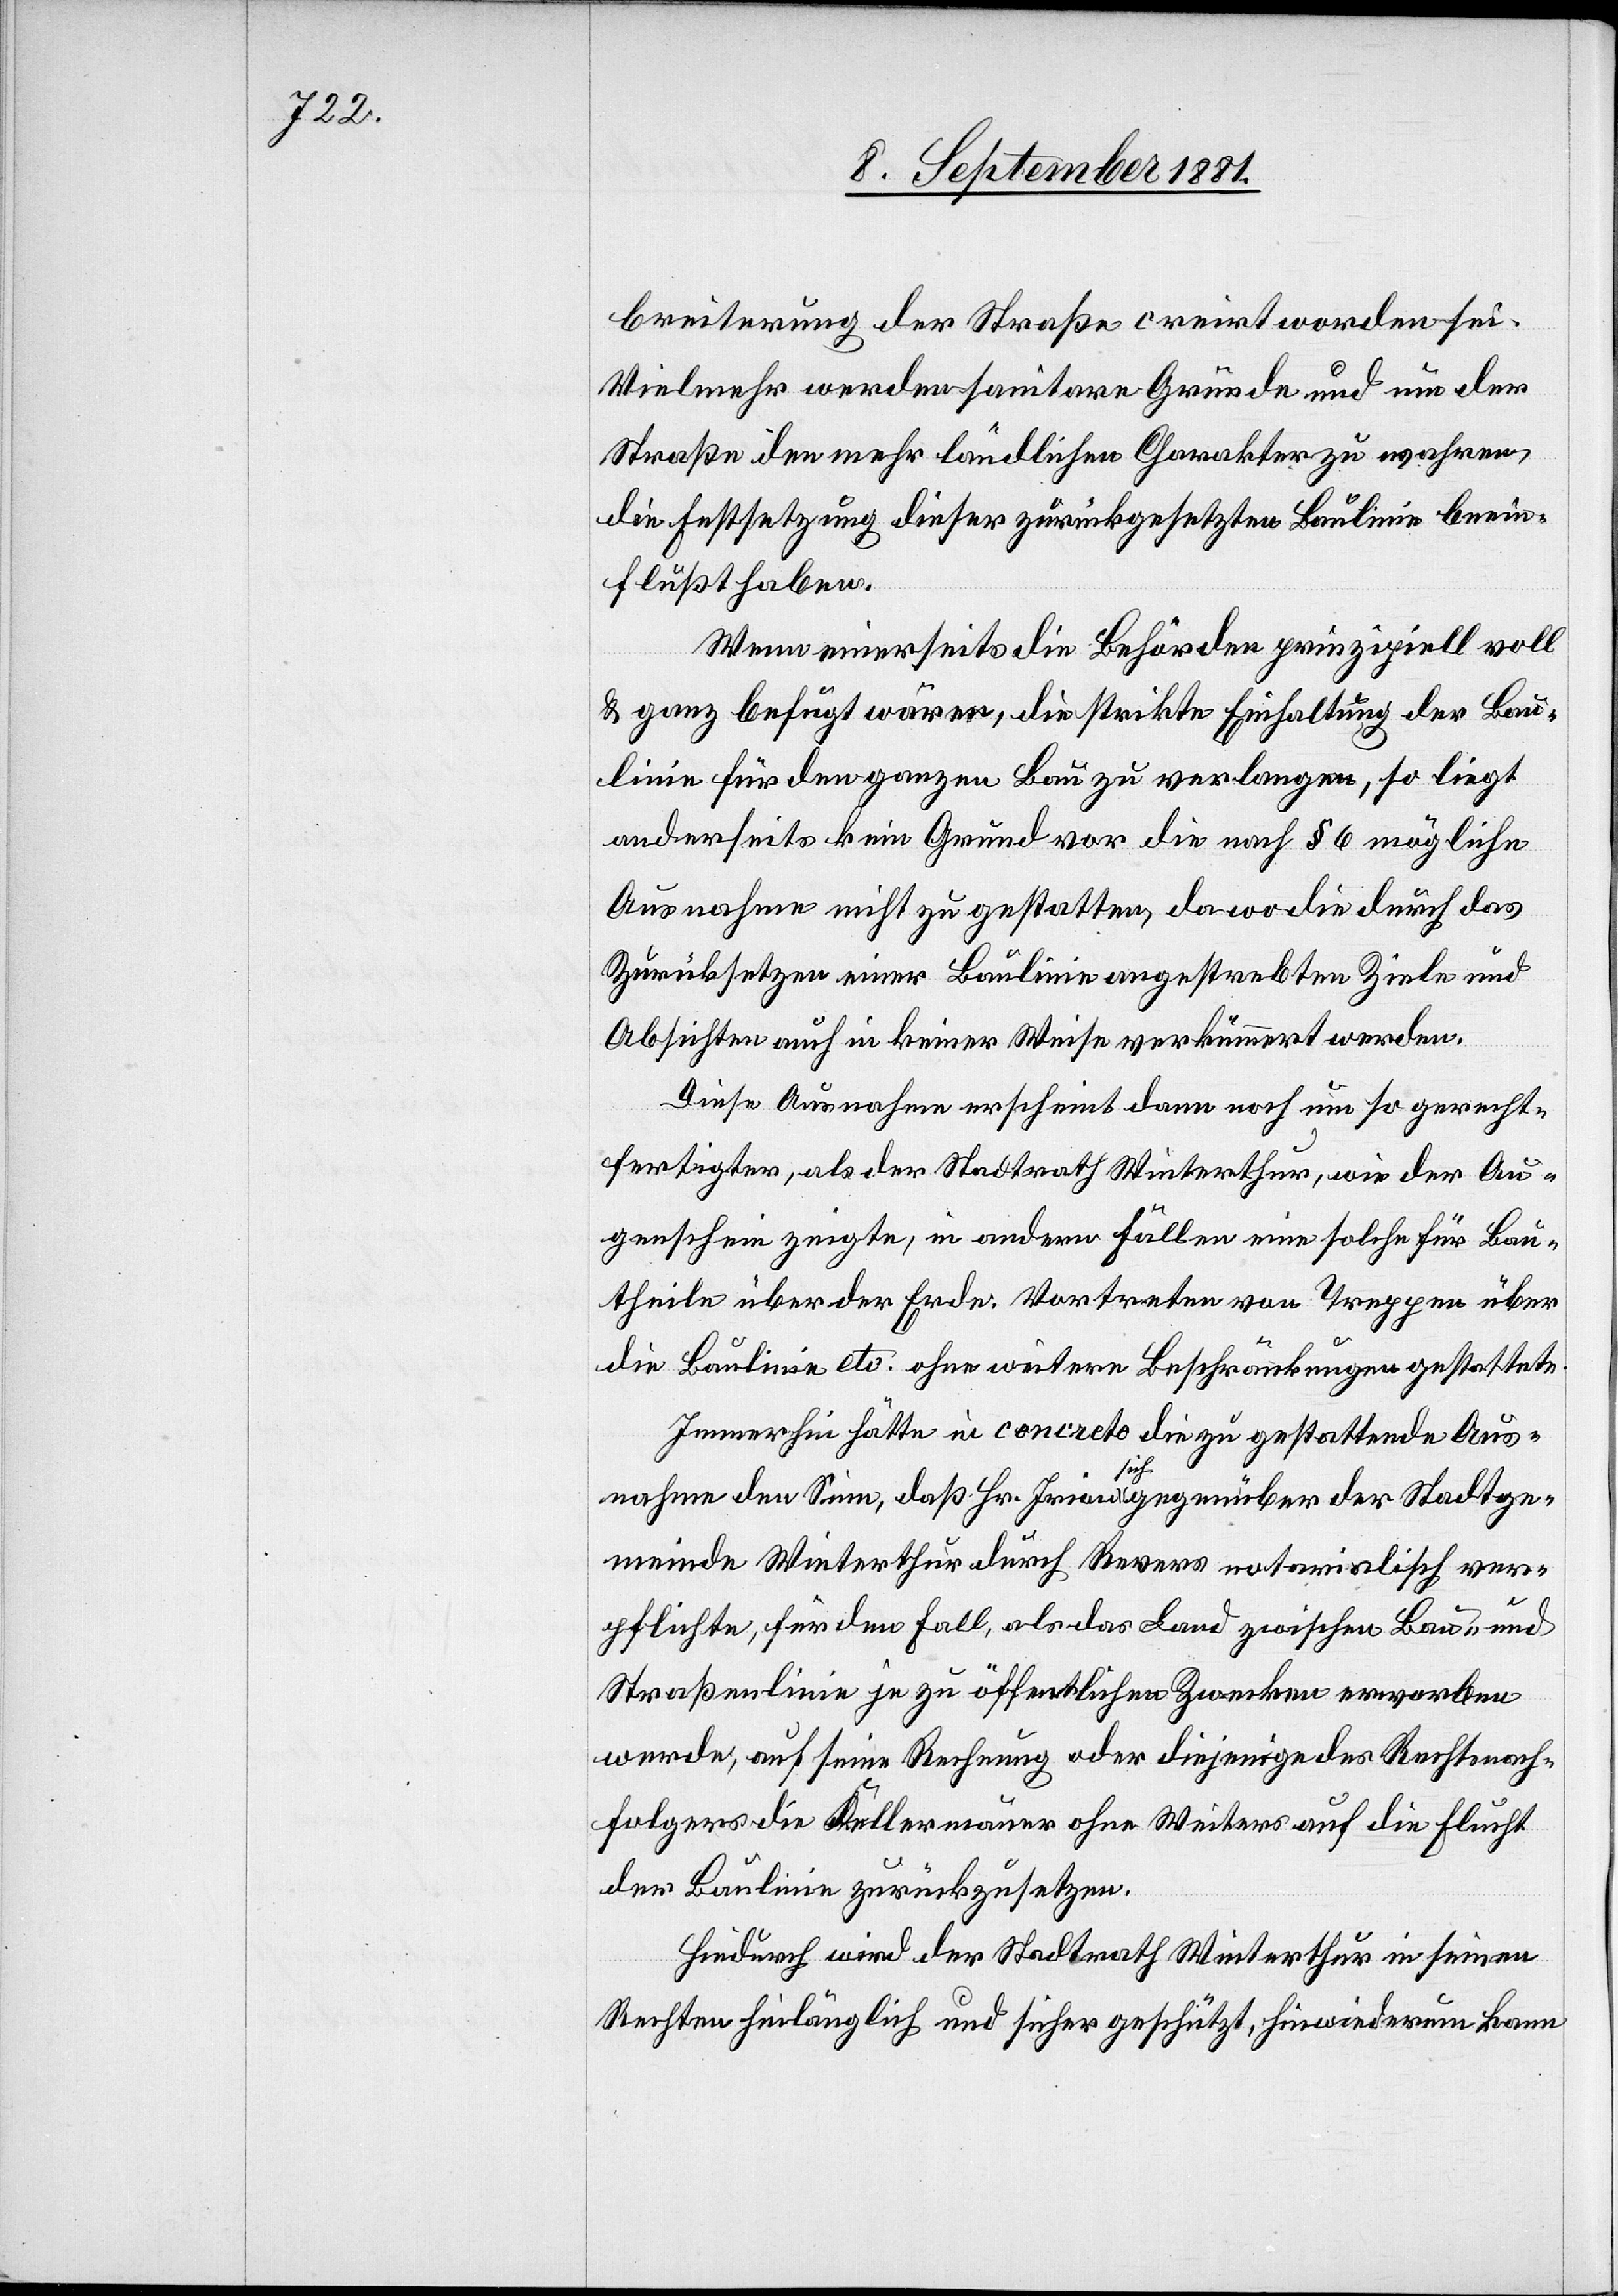
breiterung der Straße creirt worden sei.
Vielmehr werden sanitare Gründe und um der
Straße den mehr ländlichen Charakter zu wahren,
die Festsetzung dieser zurückgesetzten Baulinie beein¬
flußt haben.
Wenn einerseits die Behörden prinzipiell voll
& ganz befugt wären, die strikte Einhaltung der Bau¬
linie für den ganzen Bau zu verlangen, so liegt
anderseits kein Grund vor die nach § 6 mögliche
Ausnahme nicht zu gestatten, da wo die durch das
Zurücksetzen einer Baulinie angestrebte Ziele und
Absichten auch in keiner Weise verkümmert werden.
Diese Ausnahme erscheint dann noch um so gerecht¬
fertigter, als der Stadtrath Winterthur, wie der Au¬
genschein zeigte, in andern Fällen eine solche für Bau¬
theile über der Erde. Vortreten von Treppen über
die Baulinie etc. ohne weitere Beschränkungen gestattet.
Immerhin hätte in concreto die zu gestattende Aus¬
nahme den Sinn, daß Hr. Irion sich gegenüber der Stadtge¬
meinde Winterthur durch Revers notarialisch ver¬
pflichte, für den Fall, als das Land zwischen Bau- und
Straßenlinie je zu öffentlichen Zwecken erworben
werde, auf seine Rechnung oder diejenige des Rechtsnach¬
folgers die Kellermauer ohne Weiters auf die Flucht
der Baulinie zurückzusetzen.
Hiedurch wird der Stadtrath Winterthur in seinen
Rechten hinlänglich und sicher geschützt, hiewiederum kann